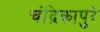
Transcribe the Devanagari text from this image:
चंद्रिकापुरे